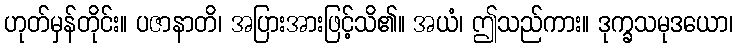
ဟုတ်မှန်တိုင်း။ ပဇာနာတိ၊ အပြားအားဖြင့်သိ၏။ အယံ၊ ဤသည်ကား။ ဒုက္ခသမုဒယော၊